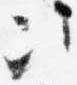
次